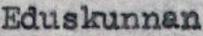
Eduskunnan